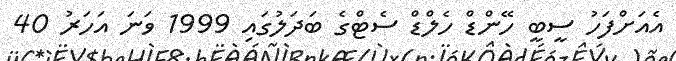
އެއަށްފަހު ސީބީ ހޭންޑް ހެލްޑް ސެޓްގެ ބަދަލުގައި 1999 ވަނަ އަހަރު 40